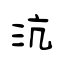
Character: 沆